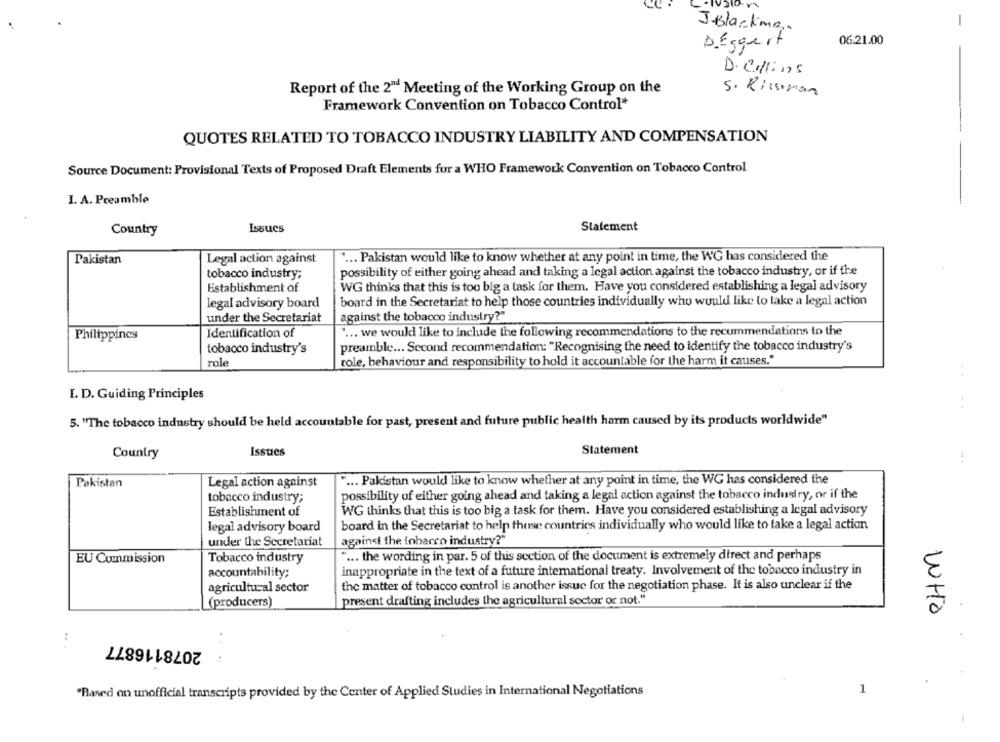
-
J-Blackma.
DEggert
06.21.00
D. Collins
Report of the 2" Meeting of the Working Group on the
5. Rissman
Framework Convention on Tobacco Control*
QUOTES RELATED TO TOBACCO INDUSTRY LIABILITY AND COMPENSATION
Source Document: Provisional Texts of Proposed Draft Elements for a WHO Framework Convention on Tobacco Control
I. A. Preamble
Country
Issues
Statement
Pakistan
Legal action against
... Pakistan would like to know whether at any point in time, the WG has considered the
tobacco industry;
possibility of either going ahead and taking a legal action against the tobacco industry, or if the
Establishment of
WG thinks that this is too big a task for them. Have you considered establishing a legal advisory
legal advisory board
board in the Secretariat to help those countries individually who would like to take a legal action
under the Secretariat
against the tobacco industry?"
Identification of
" ... we would like to include the following recommendations to the recummendations to the
Philippines
tobacco industry's
preamble ... Second recommendation: "Recognising the need to identify the tobacco industry's
role
role, behaviour and responsibility to hold it accountable for the harm it causes."
I. D. Guiding Principles
. .
5. "The tobacco industry should be held accountable for past, present and future public health harm caused by its products worldwide"
Issues
Statement
Country
Pakistan
Legal action against
.... Pakistan would like to know whether at any point in time, the WG has considered the
possibility of either going ahead and taking a legal action against the tobacco industry, or if the
tobacco industry;
Establishment of
WG thinks that this is too big a task for them. Have you considered establishing a legal advisory
board in the Secretariat to help those countries individually who would like to take a legal action
legal advisory board
under the Secretariat
against the tobacco industry?"
" ... the wording in par. 5 of this section of the document is extremely direct and perhaps
EU Commission
Tobacco industry
inappropriate in the text of a future international treaty. Involvement of the tobacco industry in
accountability;
the matter of tobacco control is another issue for the negotiation phase. It is also unclear if the
agricultural sector
present drafting includes the agricultural sector or not."
(producers)
WHO
2078116877
..
. .
1
"Based on unofficial transcripts provided by the Center of Applied Studies in International Negotiations